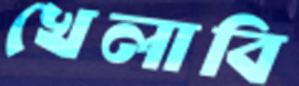
খেলাবি